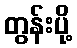
တွန်းပို့